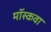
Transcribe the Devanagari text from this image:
मॉस्कवा